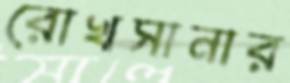
রোখসানার